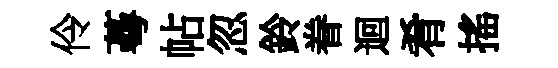
伶蕚帖忽鈴眷迴肴搖